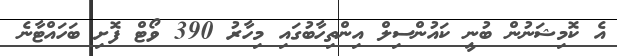
އެ ކޮމިޝަނުން ބުނީ ކައުންސިލް އިންތިހާބުގައި މިހާރު 390 ވޯޓް ފޮށި ބަހައްޓާނެ